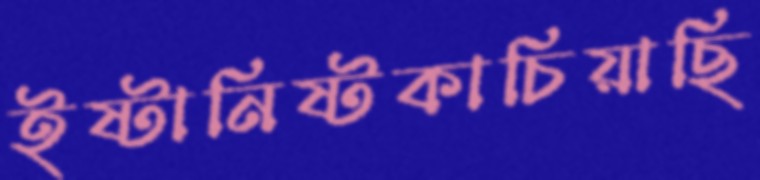
ইষ্টানিষ্টকাচিয়াছি